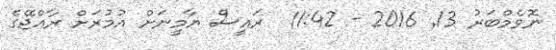
ނޮވެމްބަރު 13